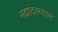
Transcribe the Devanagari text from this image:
नद्यांदरम्यान